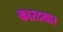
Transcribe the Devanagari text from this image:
कारदयार